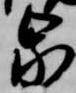
泉